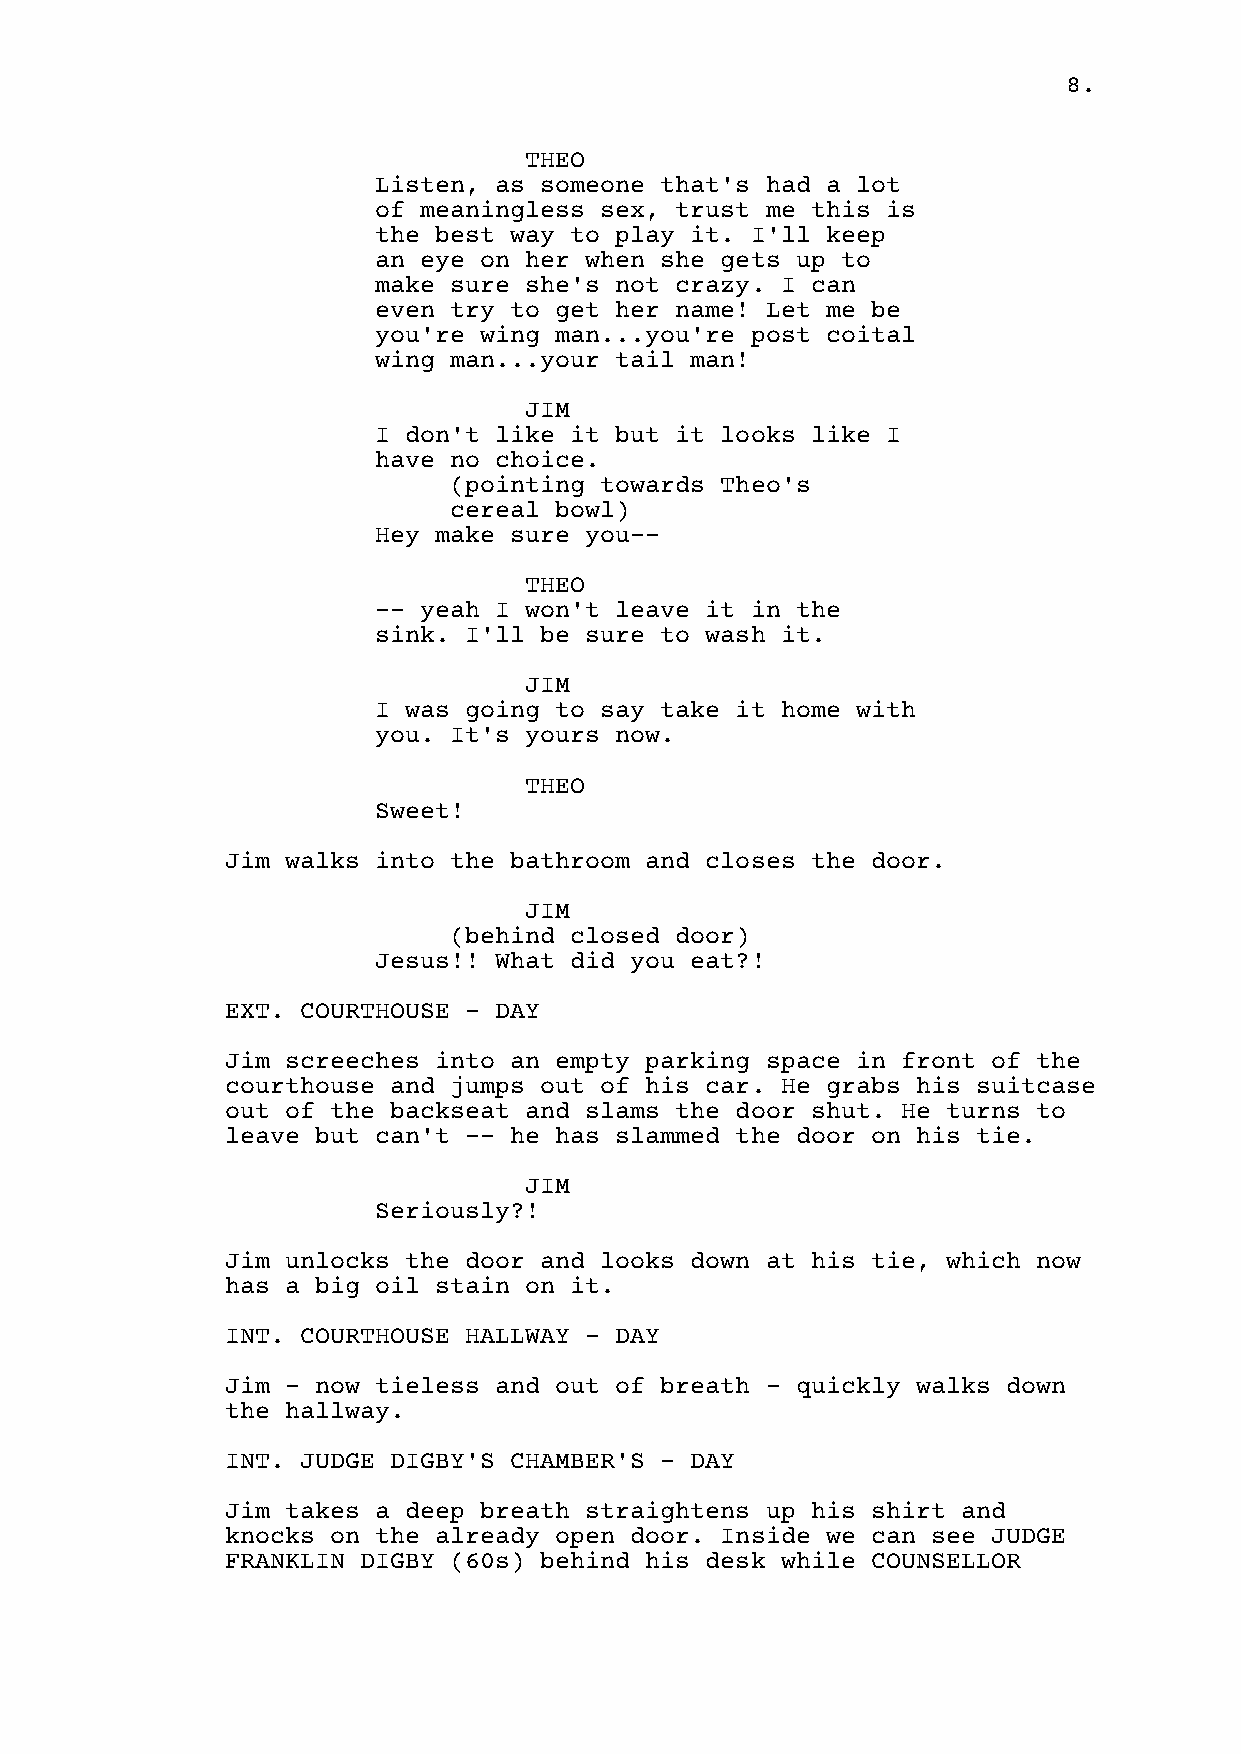
8.
 THEO
 Listen, as someone that's had a lot
 of meaningless sex, trust me this is
 the best way to play it. I'll keep
 an eye on her when she gets up to
 make sure she's not crazy. I can
 even try to get her name! Let me be
 you're wing man...you're post coital
 wing man...your tail man!
 JIM
 I don't like it but it looks like I
 have no choice.
 (pointing towards Theo's
 cereal bowl)
 Hey make sure you--
 THEO
 -- yeah I won't leave it in the
 sink. I'll be sure to wash it.
 JIM
 I was going to say take it home with
 you. It's yours now.
 THEO
 Sweet!
 Jim walks into the bathroom and closes the door.
 JIM
 (behind closed door)
 Jesus!! What did you eat?!
 EXT. COURTHOUSE - DAY
 Jim screeches into an empty parking space in front of the
 courthouse and jumps out of his car. He grabs his suitcase
 out of the backseat and slams the door shut. He turns to
 leave but can't -- he has slammed the door on his tie.
 JIM
 Seriously?!
 Jim unlocks the door and looks down at his tie, which now
 has a big oil stain on it.
 INT. COURTHOUSE HALLWAY - DAY
 Jim - now tieless and out of breath - quickly walks down
 the hallway.
 INT. JUDGE DIGBY'S CHAMBER'S - DAY
 Jim takes a deep breath straightens up his shirt and
 knocks on the already open door. Inside we can see JUDGE
 FRANKLIN DIGBY (60s) behind his desk while COUNSELLOR